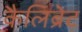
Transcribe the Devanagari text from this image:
कैलिब्रेट